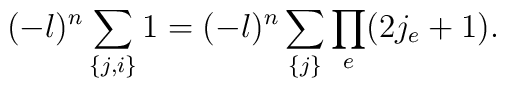
(-\l)^n \sum_{\{j, i\}} 1 = (-\l)^n \sum_{\{j\}} \prod_e (2j_e+1).